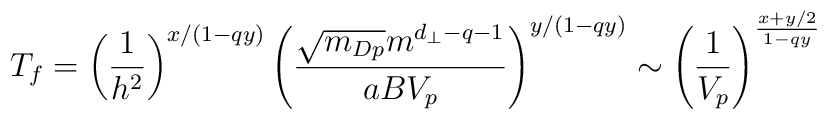
T_f = \left (\frac{1}{h^2} \right )^{x/(1-qy)}\left ( \frac{\sqrt{m_{Dp}}m^{d_\perp-q-1}}{aB V_p}\right )^{y/(1-qy)} \sim\left (\frac{1}{V_p}\right)^{\frac{x+y/2}{1-qy}}